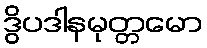
ဒွိပဒါနမုတ္တမော